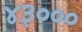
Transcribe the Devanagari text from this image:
४३०००